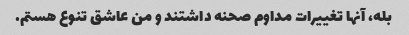
بله، آنها تغییرات مداوم صحنه داشتند و من عاشق تنوع هستم.